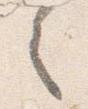
之